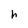
Character: h